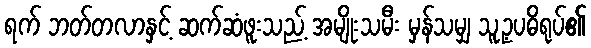
ရက် ဘတ်တလာနှင့် ဆက်ဆံဖူးသည့် အမျိုးသမီး မှန်သမျှ သူ့ဥပဓိရုပ်၏